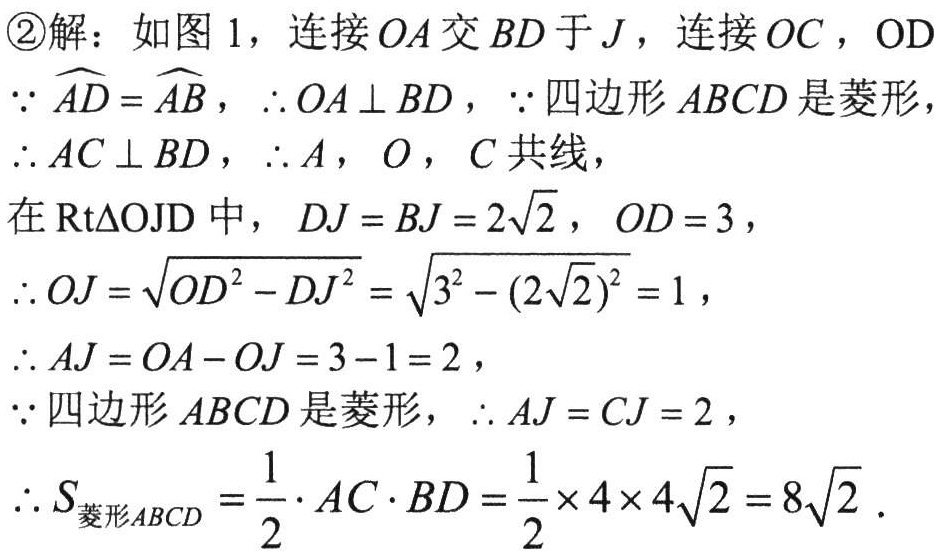
\textcircled{2}解：如图 1，连接 \(OA\) 交 \(BD\) 于 \(J\)，连接 \(OC\)，\(OD\)
\(\because \overset{\frown}{AD}=\overset{\frown}{AB}\)，\(\therefore OA\perp BD\)，\(\because\) 四边形 \(ABCD\) 是菱形，
\(\therefore AC\perp BD\)，\(\therefore A\)，\(O\)，\(C\) 共线，
在 \(\text{Rt}\triangle OJD\) 中，\(DJ = BJ = 2\sqrt{2}\)，\(OD = 3\)，
\(\therefore OJ=\sqrt{OD^{2}-DJ^{2}}=\sqrt{3^{2}-(2\sqrt{2})^{2}} = 1\)，
\(\therefore AJ = OA - OJ = 3 - 1 = 2\)，
\(\because\) 四边形 \(ABCD\) 是菱形，\(\therefore AJ = CJ = 2\)，
\(\therefore S_{菱形ABCD}=\frac{1}{2}\cdot AC\cdot BD=\frac{1}{2}\times4\times4\sqrt{2}=8\sqrt{2}\)．